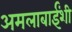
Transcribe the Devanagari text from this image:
अमलाबाईंशी